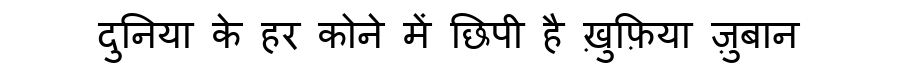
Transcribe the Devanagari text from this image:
दुनिया के हर कोने में छिपी है ख़ुफ़िया ज़ुबान